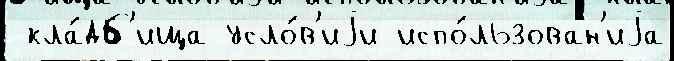
 кла́дб'ища усло́в'иjи испо́льзован'иjа